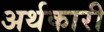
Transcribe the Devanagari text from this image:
अर्थकारी